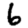
Digit: 6